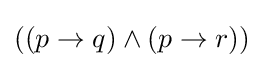
((p\to q)\land (p\to r))